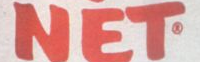
NET